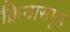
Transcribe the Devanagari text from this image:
क्रियासमूह